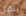
ننقل